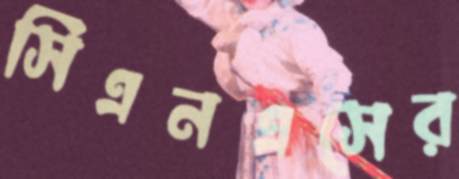
সিএনএসের